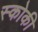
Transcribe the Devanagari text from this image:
स्‍कोकी